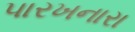
પારખનારા